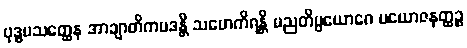
ဗုဒ္ဓပသတ္ထေန အာချာတိကပဒန္တိ သမောကိရန္တိ မညတိပ္ပယောဂေ ပယောဇနတ္ထဉ္စ